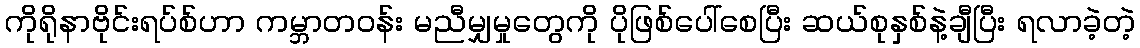
ကိုရိုနာဗိုင်းရပ်စ်ဟာ ကမ္ဘာတဝန်း မညီမျှမှုတွေကို ပိုဖြစ်ပေါ်စေပြီး ဆယ်စုနှစ်နဲ့ချီပြီး ရလာခဲ့တဲ့